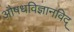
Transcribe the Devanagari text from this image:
अाैषधविज्ञानविद्